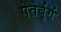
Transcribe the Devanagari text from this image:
पेतेर्बुर्ग